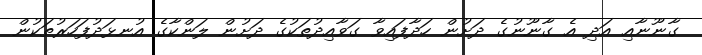
ގާނޫނާއި އަދި އެ ގާނޫނުގެ ދަށުން ހަދާފައިވާ ގަވާއިދުތަކުގެ ދަށުން ލަންކާގެ އުނޅަދުފަހަރުތަކުން